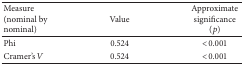
<table><thead><tr><td><b>Measure (nominal by nominal)</b></td><td><b>Value</b></td><td><b>Approximate significance (<i>p</i>)</b></td></tr></thead><tbody><tr><td>Phi</td><td>0.524</td><td>&lt;0.001</td></tr><tr><td>Cramer's <i>V</i></td><td>0.524</td><td>&lt;0.001</td></tr></tbody></table>